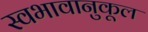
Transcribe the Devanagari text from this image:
स्वभावानुकूल